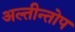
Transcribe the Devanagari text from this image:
अल्तीन्तोप